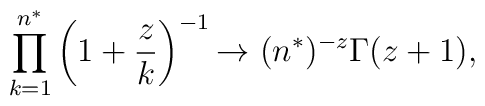
\prod_{k=1}^{n^{*}} \left ( 1+\frac{z}{k} \right )^{-1}{\rightarrow} ~(n^{*})^{-z} \Gamma(z+1),